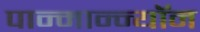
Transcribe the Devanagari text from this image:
पान्मान्न्यॉन